Annual administration report of the Civil Veterinary Department of India - 1899-1900
Year: 1899
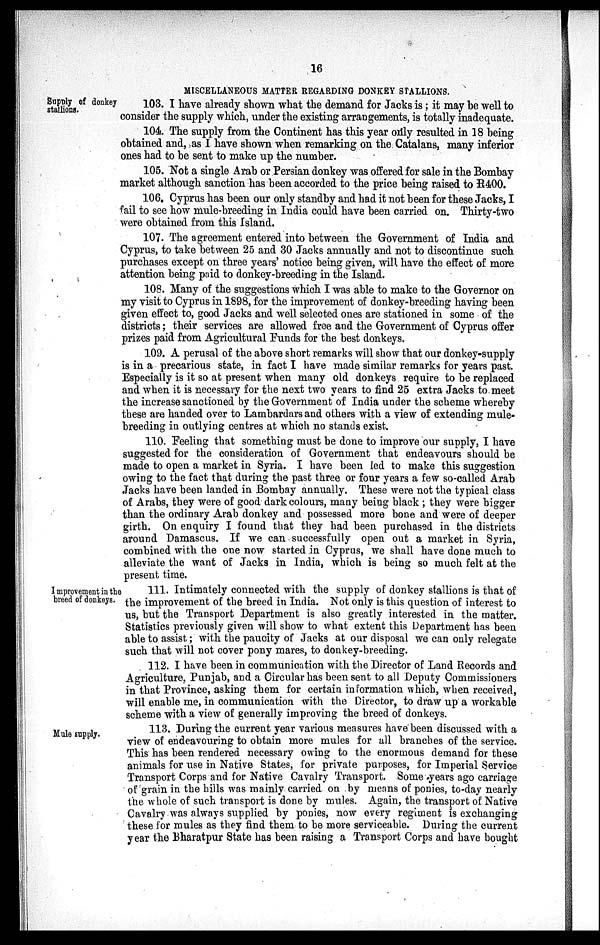
16
MISCELLANEOUS MATTER REGARDING DONKEY STALLIONS.
Supply of donkey
stallions.
103. I have already shown what the demand for Jacks is; it may be well to
consider the supply which, under the existing arrangements, is totally inadequate.
104. The supply from the Continent has this year only resulted in 18 being
obtained and, as I have shown when remarking on the Catalans, many inferior
ones had to be sent to make up the number.
105. Not a single Arab or Persian donkey was offered for sale in the Bombay
market although sanction has been accorded to the price being raised to R400.
106. Cyprus has been our only standby and had it not been for these Jacks, I
fail to see how mule-breeding in India could have been carried on. Thirty-two
were obtained from this Island.
107. The agreement entered into between the Government of India and
Cyprus, to take between 25 and 30 Jacks annually and not to discontinue such
purchases except on three years' notice being given, will have the effect of more
attention being paid to donkey-breeding in the Island.
108. Many of the suggestions which I was able to make to the Governor on
my visit to Cyprus in 1898, for the improvement of donkey-breeding having been
given effect to, good Jacks and well selected ones are stationed in some of the
districts; their services are allowed free and the Government of Cyprus offer
prizes paid from Agricultural Funds for the best donkeys.
109. A perusal of the above short remarks will show that our donkey-supply
is in a precarious state, in fact I have made similar remarks for years past.
Especially is it so at present when many old donkeys require to be replaced
and when it is necessary for the next two years to find 25 extra Jacks to meet
the increase sanctioned by the Government of India under the scheme whereby
these are handed over to Lambardars and others with a view of extending mule-
breeding in outlying centres at which no stands exist.
110. Feeling that something must be done to improve our supply, I have
suggested for the consideration of Government that endeavours should be
made to open a market in Syria. I have been led to make this suggestion
owing to the fact that during the past three or four years a few so-called Arab
Jacks have been landed in Bombay annually. These were not the typical class
of Arabs, they were of good dark colours, many being black; they were bigger
than the ordinary Arab donkey and possessed more bone and were of deeper
girth. On enquiry I found that they had been purchased in the districts
around Damascus. If we can successfully open out a market in Syria,
combined with the one now started in Cyprus, we shall have done much to
alleviate the want of Jacks in India, which is being so much felt at the
present time.
Improvement in the
breed of donkeys.
111. Intimately connected with the supply of donkey stallions is that of
the improvement of the breed in India. Not only is this question of interest to
us, but the Transport Department is also greatly interested in the matter.
Statistics previously given will show to what extent this Department has been
able to assist; with the paucity of Jacks at our disposal we can only relegate
such that will not cover pony mares, to donkey-breeding.
112. I have been in communication with the Director of Land Records and
Agriculture, Punjab, and a Circular has been sent to all Deputy Commissioners
in that Province, asking them for certain information which, when received,
will enable me, in communication with the Director, to draw up a workable
scheme with a view of generally improving the breed of donkeys.
Mule supply.
113. During the current year various measures have been discussed with a
view of endeavouring to obtain more mules for all branches of the service.
This has been rendered necessary owing to the enormous demand for these
animals for use in Native States, for private purposes, for Imperial Service
Transport Corps and for Native Cavalry Transport. Some years ago carriage
of grain in the hills was mainly carried on by means of ponies, to-day nearly
the whole of such transport is done by mules. Again, the transport of Native
Cavalry was always supplied by ponies, now every regiment is exchanging
these for mules as they find them to be more serviceable. During the current
year the Bharatpur State has been raising a Transport Corps and have bought